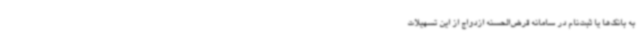
به بانک‌ها یا ثبت‌نام در سامانه قرض‌الحسنه ازدواج از این تسهیلات